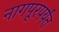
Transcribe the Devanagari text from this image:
नागपूरपर्यंत